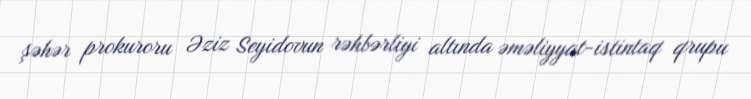
şəhər prokuroru Əziz Seyidovun rəhbərliyi altında əməliyyat-istintaq qrupu